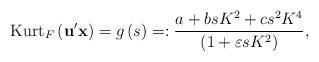
LaTeX: \begin{align*}\mathrm{Kurt}_{F}\left( \mathbf{u}^{\prime}\mathbf{x}\right) =g\left(s\right) =:\frac{a+bsK^{2}+cs^{2}K^{4}}{\left( 1+\varepsilon sK^{2}\right)}, \end{align*}